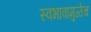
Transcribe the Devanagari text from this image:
स्वभावामुळेच